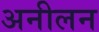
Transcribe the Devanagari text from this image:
अनीलन